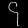
Digit: ၄